Civil Veterinary Department. Central Provinces & Berar 1932-41 - 1932-1941
Year: 1932
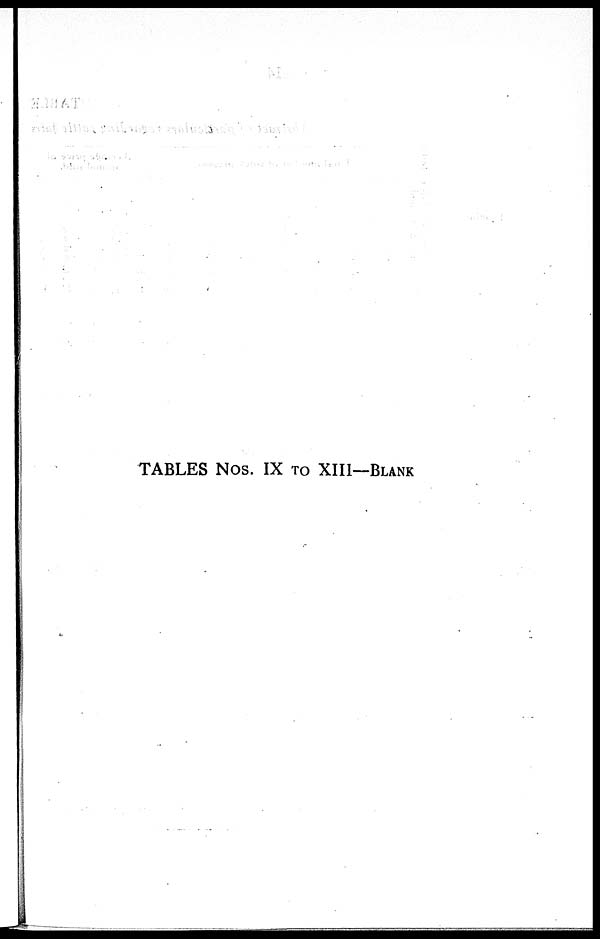
TABLES Nos. IX TO XIII—BLANK